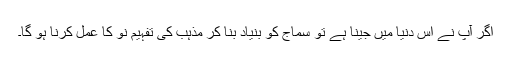
اگر آپ نے اس دنیا میں جینا ہے تو سماج کو بنیاد بنا کر مذہب کی تفہیم نو کا عمل کرنا ہو گا۔